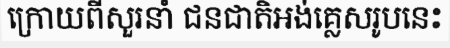
ក្រោយពីសួរនាំ ជនជាតិអង់គ្លេសរូបនេះ